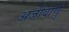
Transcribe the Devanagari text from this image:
अजीवाणु